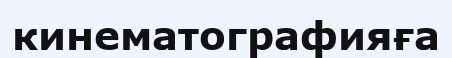
кинематографияға